画像に写った文字を読んでください
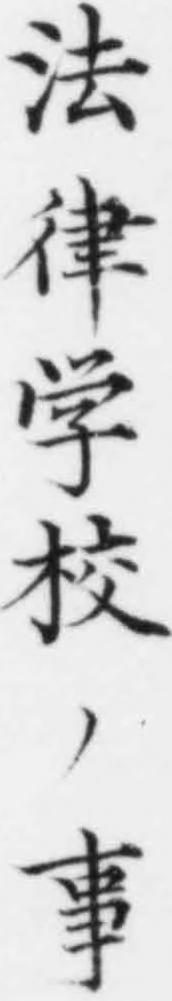
「法律学校ノ事」と書いてあります